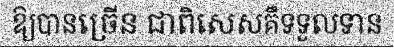
ឱ្យបានច្រើន ជាពិសេសគឺទទួលទាន